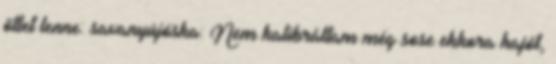
ötlet lenne: savanyújóska: Nem kalibráltam még sose ekkora hajót,